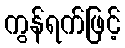
ကွန်ရက်ဖြင့်